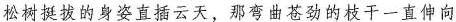
松树挺拔的身姿直插云天，那弯曲苍劲的枝干一直伸向